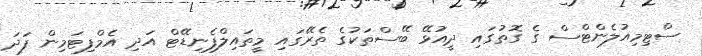
ސްޓިމިއުލެންޓްސް ގެ ގޮތުގައި ދީއުޅޭ ބޭސްތަކުގެ ތެރޭގައި މީތައިލްފެނިޑޭޓް އަދި އެމްފިޓަމިން ފަދަ